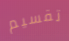
تقسيم